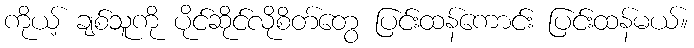
ကိုယ့် ချစ်သူကို ပိုင်ဆိုင်လိုစိတ်တွေ ပြင်းထန်ကောင်း ပြင်းထန်မယ်။